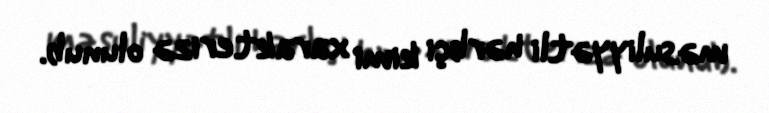
məsuliyyətli hərbçi kimi xarakterizə olunub.